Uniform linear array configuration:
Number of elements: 24
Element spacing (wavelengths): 1
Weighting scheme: hann
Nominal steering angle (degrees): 0
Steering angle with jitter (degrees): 1.815
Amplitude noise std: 0.05
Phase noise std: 0.05

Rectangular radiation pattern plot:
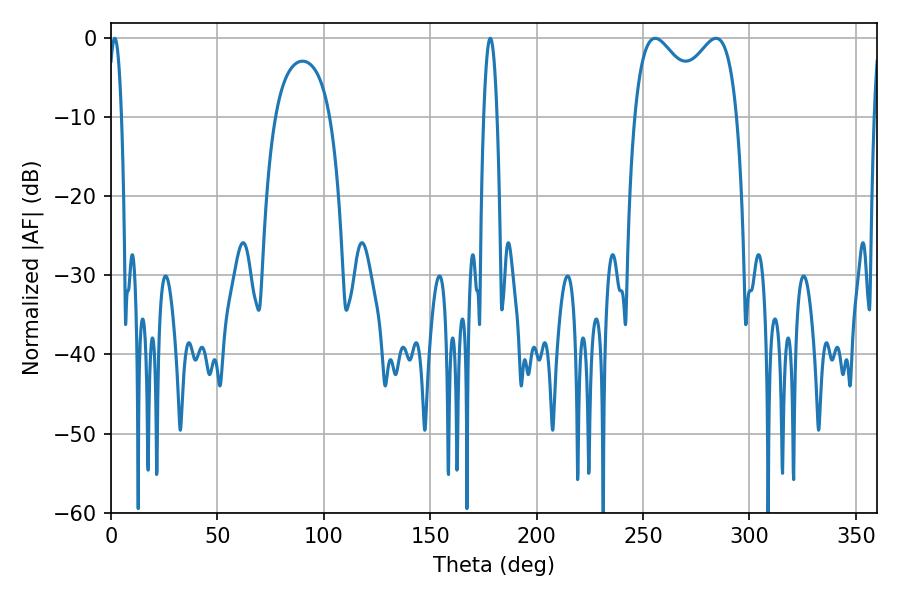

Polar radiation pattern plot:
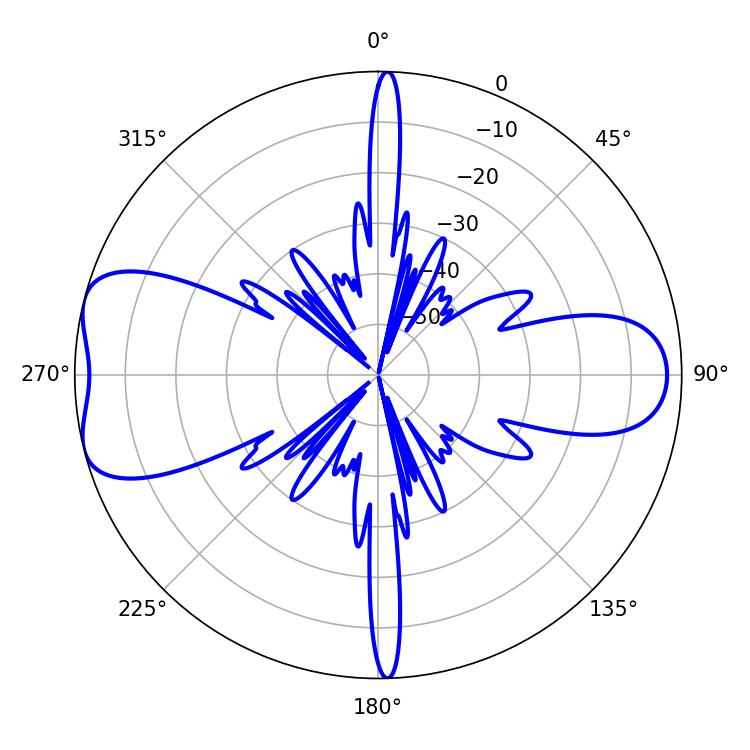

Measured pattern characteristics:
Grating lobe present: TRUE
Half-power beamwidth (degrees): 40.68
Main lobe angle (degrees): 255.78